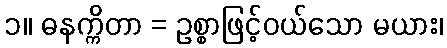
၁။ ဓနက္ကိတာ = ဥစ္စာဖြင့်ဝယ်သော မယား၊